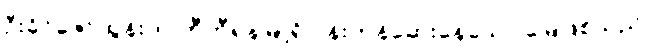
ဦးခိုင်ဇော်ထွန်းက တီဟီရန်မြို့ရှိ ပန်းကန်ဆေးနေသော မြေဖြစ်သည်